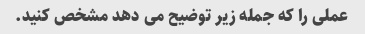
عملی را که جمله زیر توضیح می دهد مشخص کنید.